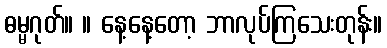
ဓမ္မဂုတ်။ ။ နေ့နေ့တော့ ဘာလုပ်ကြသေးတုန်း။